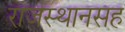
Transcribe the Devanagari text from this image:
राजस्थानसह